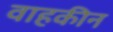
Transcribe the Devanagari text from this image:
वाहकीन